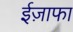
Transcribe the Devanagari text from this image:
ईज़ाफा